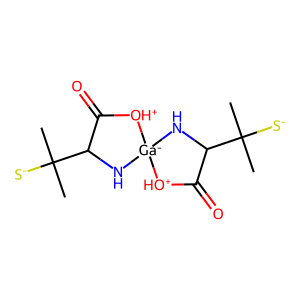
SMILES: CC(C)([S-])C1N[Ga-]2(NC(C(C)(C)[S-])C(=O)[OH+]2)[OH+]C1=O
Inhibits HIV replication: No